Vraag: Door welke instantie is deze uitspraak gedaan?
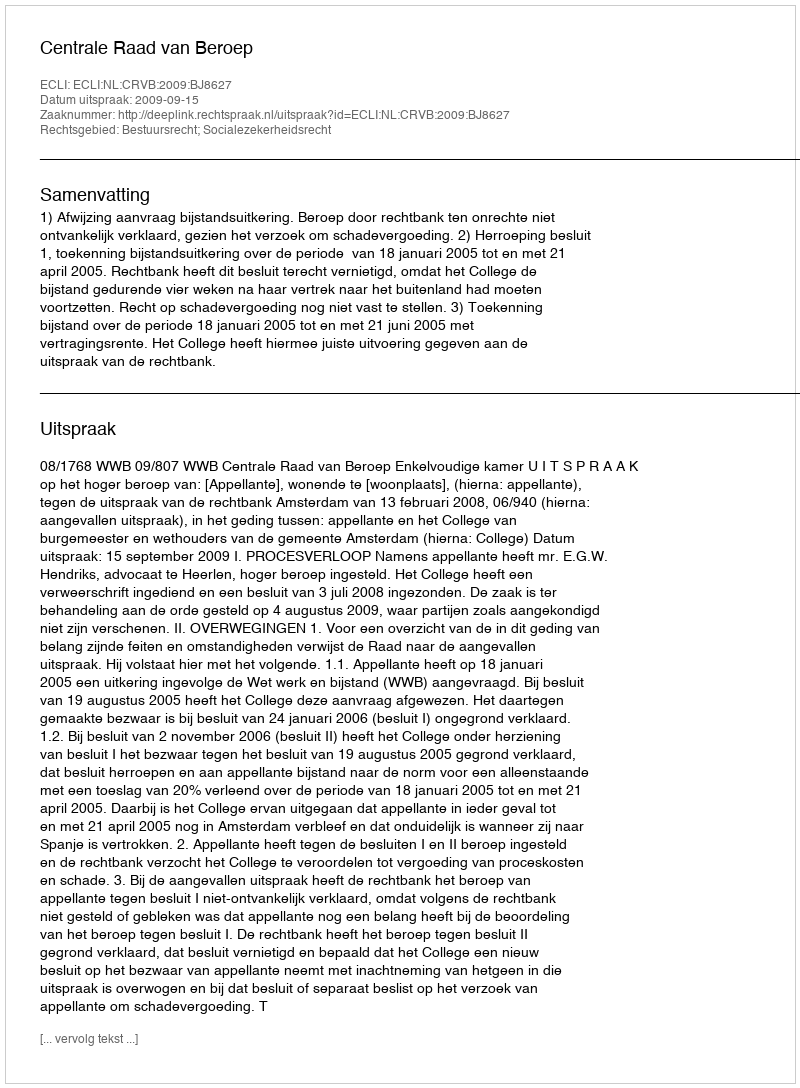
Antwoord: Centrale Raad van Beroep